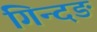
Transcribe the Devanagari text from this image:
गिन्दङ